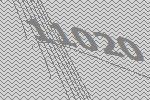
11020